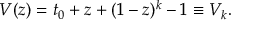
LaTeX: V ( z ) = t _ { 0 } + z + ( 1 - z ) ^ { k } - 1 \equiv V _ { k } .